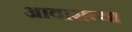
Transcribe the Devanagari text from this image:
आवाराच्या